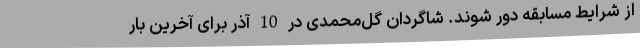
از شرایط مسابقه دور شوند. شاگردان گل‌محمدی در 10 آذر برای آخرین بار